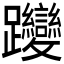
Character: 𮜬